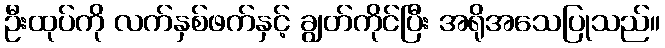
ဦးထုပ်ကို လက်နှစ်ဖက်နှင့် ချွတ်ကိုင်ပြီး အရိုအသေပြုသည်။